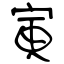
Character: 寅